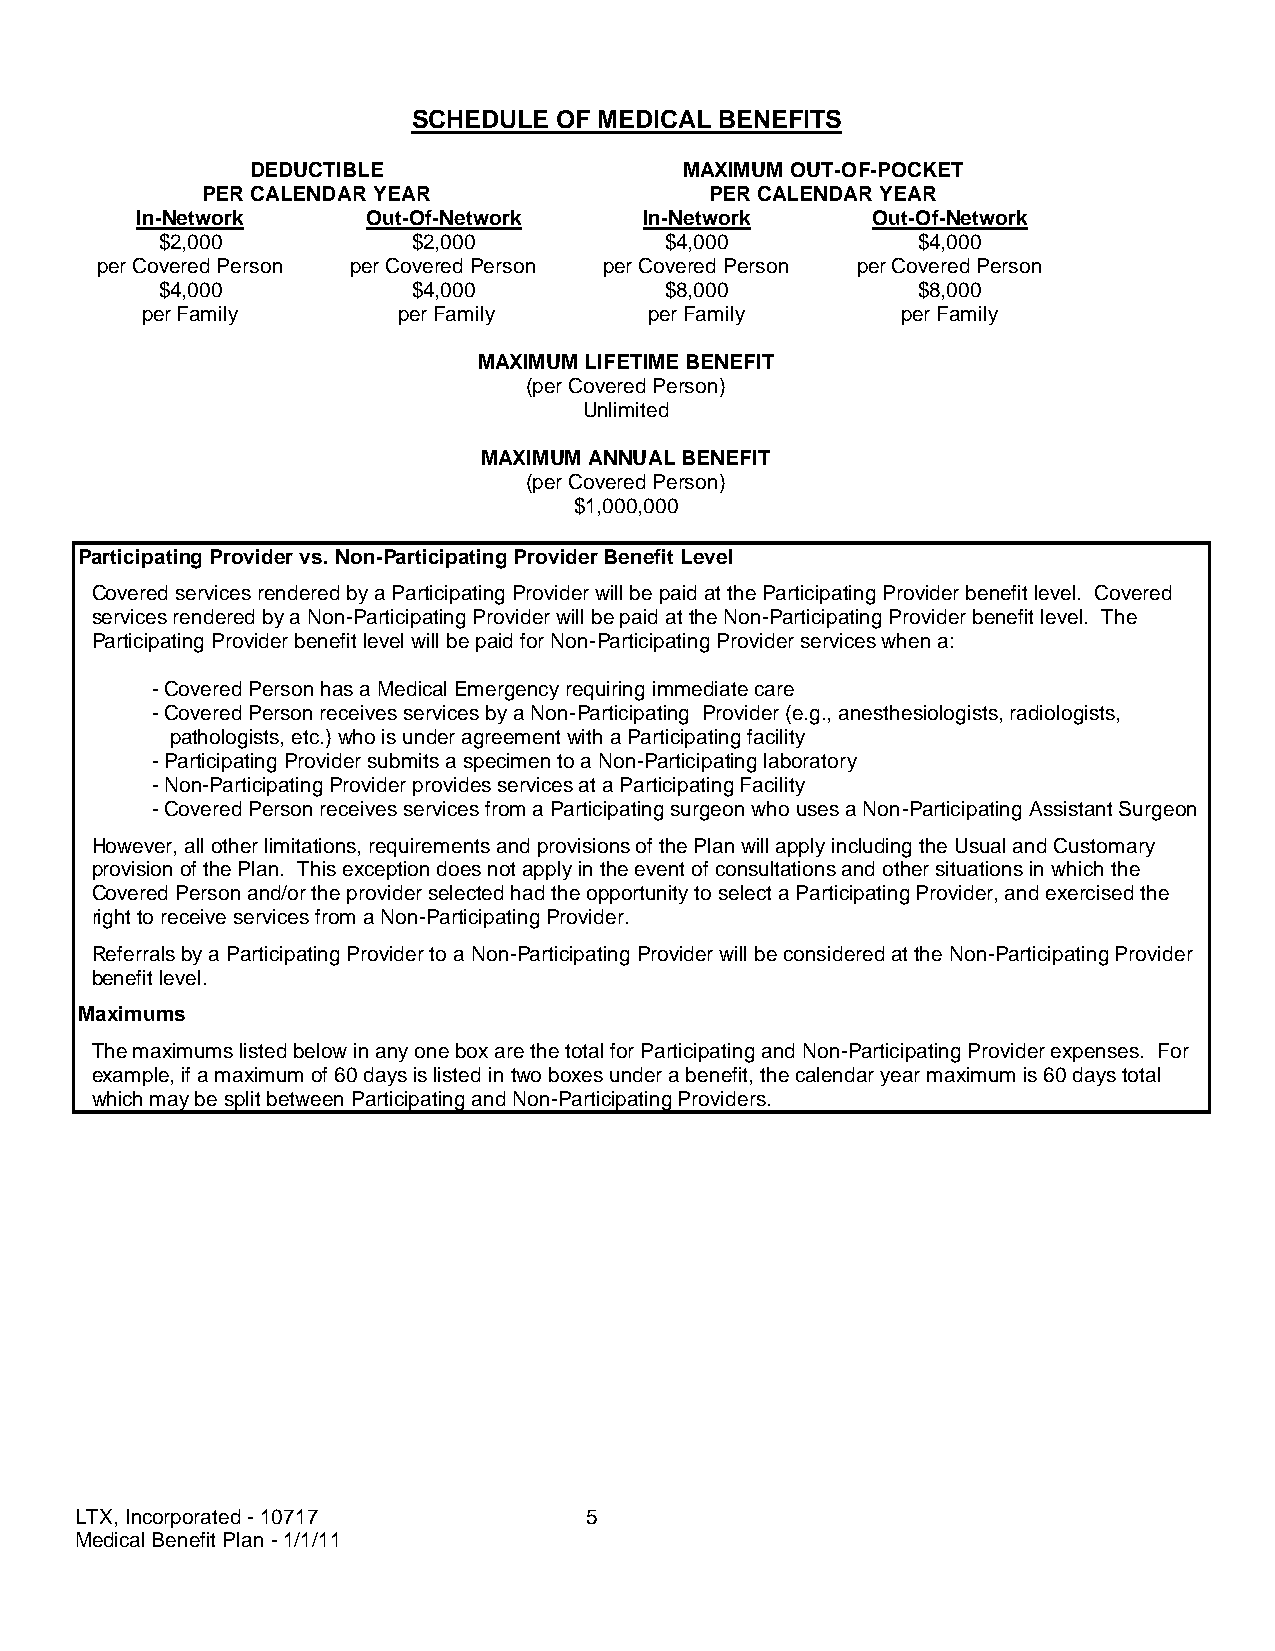
SCHEDULE  OF MEDICAL BENEFITS
 DEDUCTIBLE                  MAXIMUM OUT-OF-POCKET
 PER CALENDAR YEAR                 PER CALENDAR YEAR
 In-Network     Out-Of-Network     In-Network     Out-Of-Network
 $2,000           $2,000           $4,000           $4,000
 per Covered Person per Covered Person per Covered Person per Covered Person
 $4,000           $4,000           $8,000           $8,000
 per Family       per Family       per Family       per Family
 MAXIMUM LIFETIME BENEFIT
 (per Covered Person)
 Unlimited
 MAXIMUM ANNUAL BENEFIT
 (per Covered Person)
 $1,000,000
 Participating Provider vs. Non-Participating Provider Benefit Level
 Covered services rendered by a Participating Provider will be paid at the Participating Provider benefit level. Covered
 services rendered by a Non-Participating Provider will be paid at the Non-Participating Provider benefit level. The
 Participating Provider benefit level will be paid for Non-Participating Provider services when a:
 - Covered Person has a Medical Emergency requiring immediate care
 - Covered Person receives services by a Non-Participating Provider (e.g., anesthesiologists, radiologists,
 pathologists, etc.) who is under agreement with a Participating facility
 - Participating Provider submits a specimen to a Non-Participating laboratory
 - Non-Participating Provider provides services at a Participating Facility
 - Covered Person receives services from a Participating surgeon who uses a Non-Participating Assistant Surgeon
 However, all other limitations, requirements and provisions of the Plan will apply including the Usual and Customary
 provision of the Plan. This exception does not apply in the event of consultations and other situations in which the
 Covered Person and/or the provider selected had the opportunity to select a Participating Provider, and exercised the
 right to receive services from a Non-Participating Provider.
 Referrals by a Participating Provider to a Non-Participating Provider will be considered at the Non-Participating Provider
 benefit level.
 Maximums
 The maximums listed below in any one box are the total for Participating and Non-Participating Provider expenses. For
 example, if a maximum of 60 days is listed in two boxes under a benefit, the calendar year maximum is 60 days total
 which may be split between Participating and Non-Participating Providers.
 LTX, Incorporated - 10717         5
 Medical Benefit Plan - 1/1/11